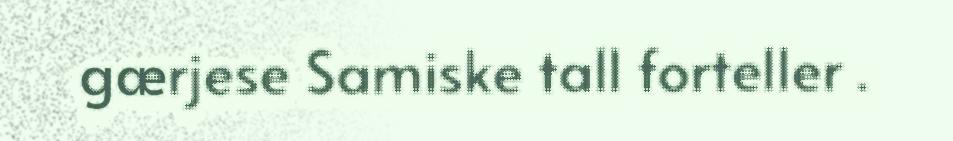
gærjese Samiske tall forteller .